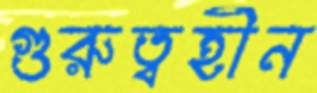
গুরুত্বহীন